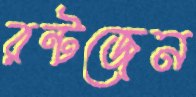
রন্টজেন